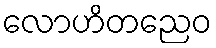
လောဟိတညေဝ